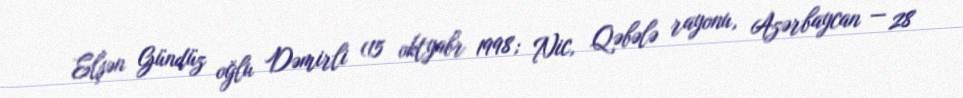
Elşən Gündüz oğlu Dəmirli (15 oktyabr 1998; Nic, Qəbələ rayonu, Azərbaycan — 28